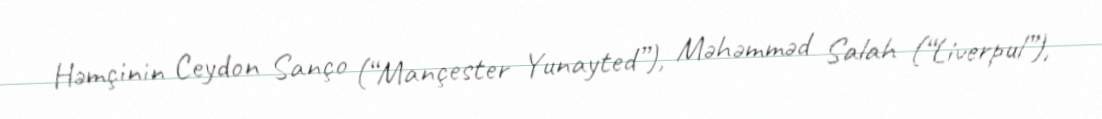
Həmçinin Ceydon Sanço (“Mançester Yunayted”), Məhəmməd Salah (“Liverpul”),